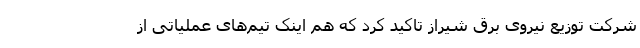
شرکت توزیع نیروی برق شیراز تاکید کرد که هم اینک تیم‌های عملیاتی از